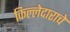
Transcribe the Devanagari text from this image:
किल्लेदाराचे